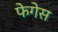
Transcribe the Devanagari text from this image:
फेगेस